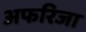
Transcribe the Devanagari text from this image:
अफरिजा